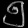
Digit: ၅